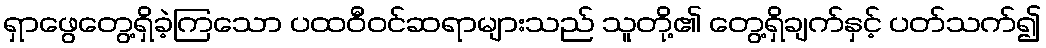
ရှာဖွေတွေ့ရှိခဲ့ကြသော ပထဝီဝင်ဆရာများသည် သူတို့၏ တွေ့ရှိချက်နှင့် ပတ်သက်၍